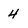
Character: 4